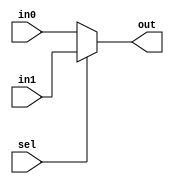
module mux2(input in0, input in1, input sel, output out);
    assign out = sel ? in1 : in0;
endmodule

module hadd(
    input a, b,
    output sum, co);

// add your code here

endmodule